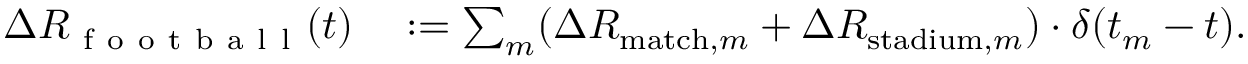
\begin{array} { r l } { \Delta R _ { \mathrm { ~ f ~ o ~ o ~ t ~ b ~ a ~ l ~ l ~ } } ( t ) } & { { } : = \sum _ { m } ( \Delta R _ { \mathrm { m a t c h } , m } + \Delta R _ { \mathrm { s t a d i u m } , m } ) \cdot \delta ( t _ { m } - t ) . } \end{array}